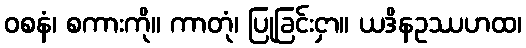
ဝစနံ၊ စကားကို။ ကာတုံ၊ ပြုခြင်းငှာ။ ယဒိနဥဿဟထ၊